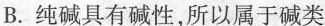
B.纯碱具有碱性，所以属于碱类